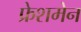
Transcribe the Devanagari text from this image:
फ्रेशमेन